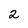
Character: 2